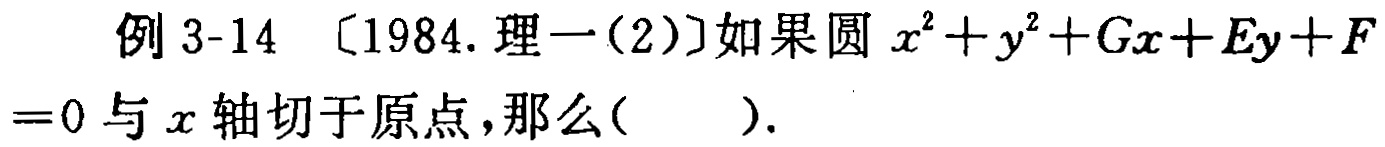
例 3-14 〔1984. 理一(2)〕如果圆 \(x^{2}+y^{2}+Gx + Ey+F = 0\) 与 \(x\) 轴切于原点，那么( ).